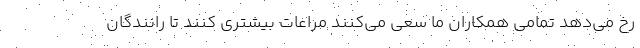
رخ می‌دهد تمامی همکاران ما سعی می­کنند مراعات بیشتری کنند تا رانندگان